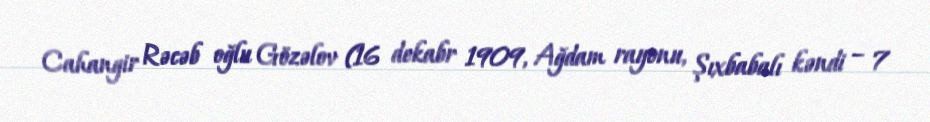
Cahangir Rəcəb oğlu Gözəlov (16 dekabr 1909, Ağdam rayonu, Şıxbabalı kəndi – 7